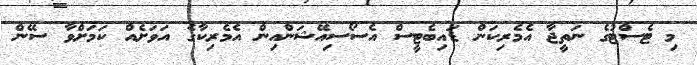
މި ޓެސްޓުގެ ނަތީޖާ އެމެރިކަން ޑައިބެޓީސް އެސޯސިއޭޝަންއިން އެމެރިކާގެ އަވަށެއް ކަމަށްވާ ސޭން